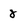
Character: 8